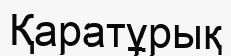
Қаратұрық